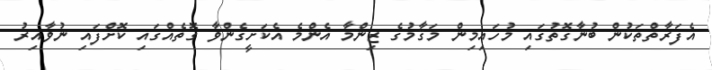
އެފަރާތްތަކުން ބުނާގޮތުގައި މުހައިމިން މަޤާމުގެ ޒިންމާ އެންމެ އެކަށީގެންވާ ގޮތެއްގައި ކޮށްފައި ނުވާއިރު